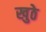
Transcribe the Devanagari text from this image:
खुठे